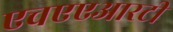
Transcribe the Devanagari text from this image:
एचएएआरटी